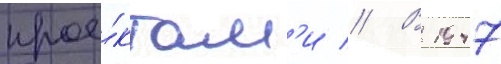
прое́ктам'и // В 1947